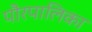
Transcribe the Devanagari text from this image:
पौरपालिका